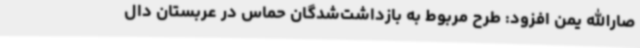
صارالله یمن افزود: طرح مربوط به بازداشت‌شدگان حماس در عربستان دال